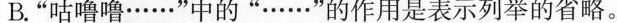
B.”咕噜噜……”中的”……”的作用是表示列举的省略。